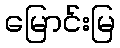
မြောင်းမြ